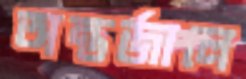
অন্তর্জালে